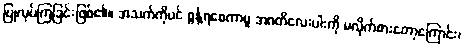
ပြုလုပ်ကြခြင်းဖြစ်၏။ အသက်ကိုပင် စွန့်ရစေကာမူ အဂတိလေးပါးကို မလိုက်စားတော့ကြောင်း၊